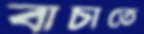
বাচাতে